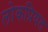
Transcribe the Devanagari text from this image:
लोकप्रियत